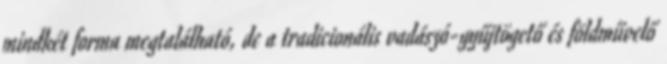
mindkét forma megtalálható, de a tradicionális vadászó-gyűjtögető és földművelő